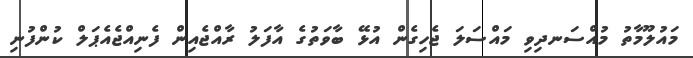
މައުލޫމާތު މުއްސަނދިވި މައްސަަލަ ޖެހިގެން އުޅޭ ބާވަތުގެ އާފަލު ރާއްޖެއިން ފެނިއްޖެއެޕަލް ކުންފުނި